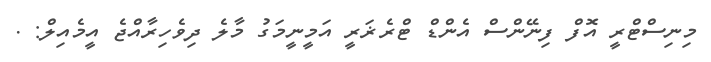
މިނިސްޓްރީ އޮފް ފިނޭންސް އެންޑް ޓްރެޜަރީ އަމީނީމަގު މާލެ ދިވެހިރާއްޖެ އީމެއިލް: .